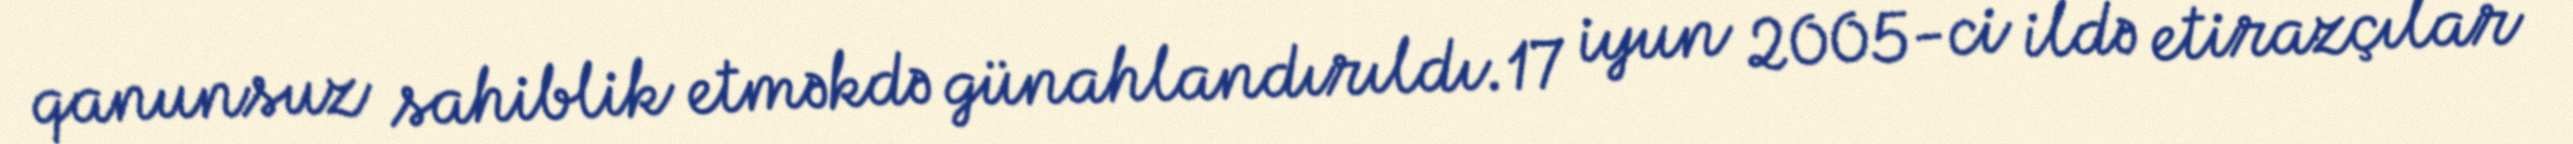
qanunsuz sahiblik etməkdə günahlandırıldı.17 iyun 2005-ci ildə etirazçılar